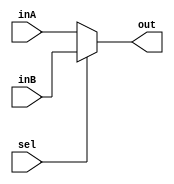
`timescale 1ns / 1ps
//////////////////////////////////////////////////////////////////////////////////
// Company: 
// Engineer: 
// 
// Design Name: 
// Module Name: Mux4Bit2To1
// Project Name: 
// Target Devices: 
// Tool Versions: 
// Description: 
// 
// Dependencies: 
// 
// Revision:
// Revision 0.01 - File Created
// Additional Comments:
// 
//////////////////////////////////////////////////////////////////////////////////


module Mux32Bit2To1(out, inA, inB, sel);

    output reg [31:0] out;
    
    input [31:0] inA;
    input [31:0] inB;
    input sel;

    always@(*) begin
	if(sel == 0) begin
	 out <= inA;
	end
	else begin
	 out <= inB;
	end 

    end
endmodule